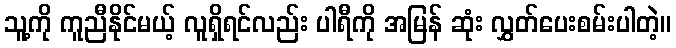
သူ့ကို ကူညီနိုင်မယ့် လူရှိရင်လည်း ပါရီကို အမြန် ဆုံး လွှတ်ပေးစမ်းပါတဲ့။